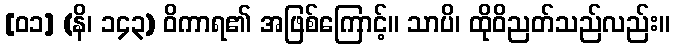
[၀၁] (နိ၊ ၁၄၃) ဝိကာရ၏ အဖြစ်ကြောင့်။ သာပိ၊ ထိုဝိညတ်သည်လည်း။